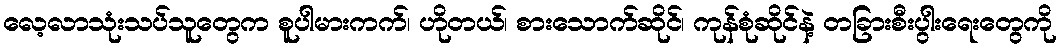
လေ့လာသုံးသပ်သူတွေက စူပါမားကက်၊ ဟိုတယ်၊ စားသောက်ဆိုင်၊ ကုန်စုံဆိုင်နဲ့ တခြားစီးပွါးရေးတွေကို